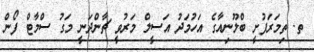
ތ. ތިމަރަފުށީ ބްލޫނިއާގެ އަހުމަދު އަސީލް މަރުވީ ޗާންދަނީ މަގު ސްމާޓް ފޯން